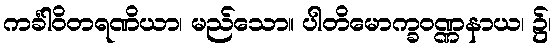
ကင်္ခါဝိတရဏိယာ၊ မည်သော။ ပါတိမောက္ခဝဏ္ဏနာယ၊ ၌၊